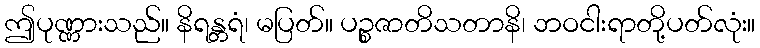
ဤပုဏ္ဏားသည်။ နိရန္တရံ၊ မပြတ်။ ပဉ္စဇာတိသတာနိ၊ ဘဝငါးရာတို့ပတ်လုံး။